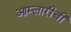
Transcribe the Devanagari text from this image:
आम्लारीची